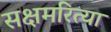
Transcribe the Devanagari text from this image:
सक्षमरित्या